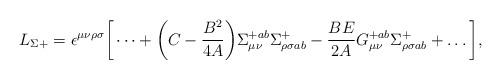
LaTeX: \begin{align*}L_{\Sigma+} = \epsilon^{\mu \nu \rho \sigma} \bigg[\dots + \bigg(C -{B^2\over 4A}\bigg) \Sigma^{+ab}_{\mu \nu} \Sigma^{+}_{\rho \sigma ab} -{BE\over 2A} G^{+ab}_{\mu \nu}\Sigma^{+}_{\rho \sigma ab} +\dots \bigg],\end{align*}